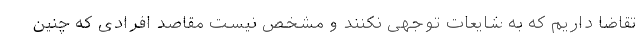
تقاضا داریم که به شایعات توجهی نکنند و مشخص نیست مقاصد افرادی که چنین